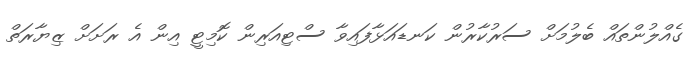
ގެއްލުންތައް ބެލުމަށް ސަރުކާރުން ކަނޑައަޅާފައިވާ ސްޓިއަރިން ކޮމިޓީ އިން އެ ރަށަށް ޒިޔާރަތް